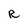
Character: R